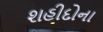
શહીદોના